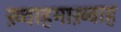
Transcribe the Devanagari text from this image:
ख़्वाहमाख़्वाह